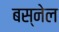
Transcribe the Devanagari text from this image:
बस्नेल